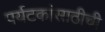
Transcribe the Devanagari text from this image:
पर्यटकांसाठीची